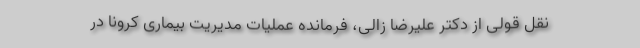
نقل قولی از دکتر علیرضا زالی، فرمانده عملیات مدیریت بیماری کرونا در